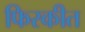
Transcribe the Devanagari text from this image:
फिरकीत